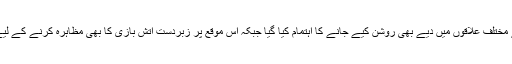
یوم آزادی کے موقع پر 13اگست کی رات کو شہر کے مختلف علاقوں میں دیے بھی روشن کیے جانے کا اہتمام کیا گیا جبکہ اس موقع پر زبردست آتش بازی کا بھی مظاہرہ کرنے کے لیے شہریوں کی جانب سے تیاریاں مکمل کرلی گئی ہیں۔